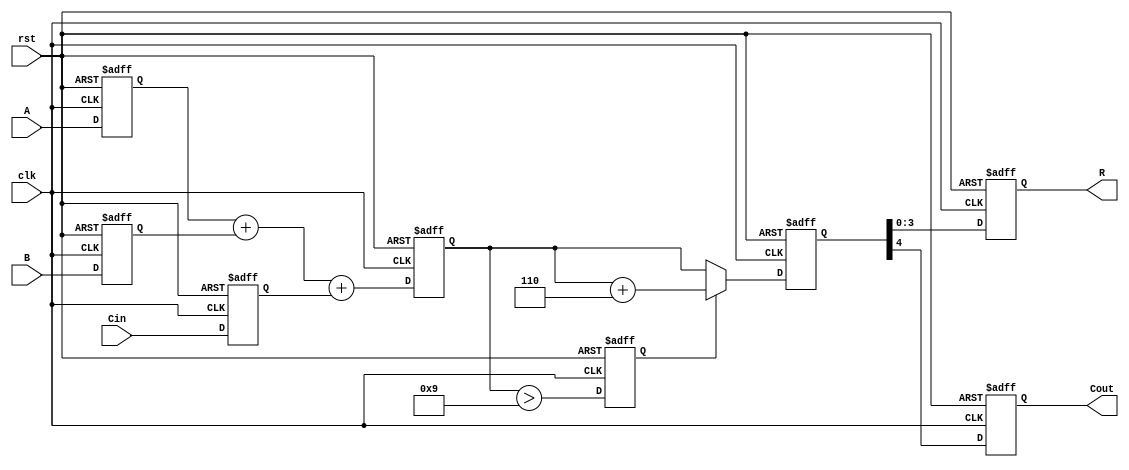
module bcd_pipelined_adder (
    input wire clk,
    input wire rst,
    input wire [3:0] A,
    input wire [3:0] B,
    input wire Cin,
    output reg [3:0] R,
    output reg Cout
);

    // Intermediate signals
    reg [4:0] sum;
    reg [4:0] corrected_sum;
    reg correction_needed;

    // Pipeline registers
    reg [3:0] A_reg, B_reg;
    reg Cin_reg;
    reg [4:0] sum_reg;
    reg correction_needed_reg;

    // Input Stage
    always @(posedge clk or posedge rst) begin
        if (rst) begin
            A_reg <= 4'b0000;
            B_reg <= 4'b0000;
            Cin_reg <= 1'b0;
        end else begin
            A_reg <= A;
            B_reg <= B;
            Cin_reg <= Cin;
        end
    end

    // Adder Stage
    always @(posedge clk or posedge rst) begin
        if (rst) begin
            sum_reg <= 5'b00000;
        end else begin
            sum_reg <= A_reg + B_reg + Cin_reg;
        end
    end

    // BCD Correction Logic
    always @(posedge clk or posedge rst) begin
        if (rst) begin
            correction_needed_reg <= 1'b0;
            corrected_sum <= 5'b00000;
        end else begin
            // Check if correction is needed
            correction_needed_reg <= (sum_reg > 5'b01001); // 9 in BCD
            if (correction_needed_reg) begin
                corrected_sum <= sum_reg + 5'b00110; // Add 6 in binary
            end else begin
                corrected_sum <= sum_reg;
            end
        end
    end

    // Output Stage
    always @(posedge clk or posedge rst) begin
        if (rst) begin
            R <= 4'b0000;
            Cout <= 1'b0;
        end else begin
            R <= corrected_sum[3:0]; // Take lower 4 bits as result
            Cout <= corrected_sum[4]; // Take the carry out
        end
    end

endmodule